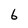
Character: 6